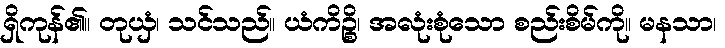
ရှိကုန်၏။ တုယှံ၊ သင်သည်။ ယံကိဉ္စိ၊ အလုံးစုံသော စည်းစိမ်ကို။ မနသာ၊